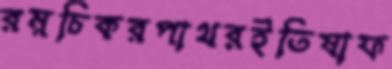
রম্নচিকরপাথরইতিষাফ